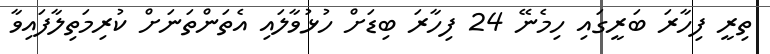
ތިރީ ފިހާރަ ބަރީގައި ހިމެނޭ 24 ފިހާރަ ބިޑަށް ހުޅުވާލައި އެތަންތަނަށް ކުރިމަތިލާފައިވާ